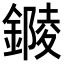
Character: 𨫭